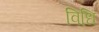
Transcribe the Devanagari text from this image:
विधि़